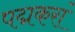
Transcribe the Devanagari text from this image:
पद्मकरां